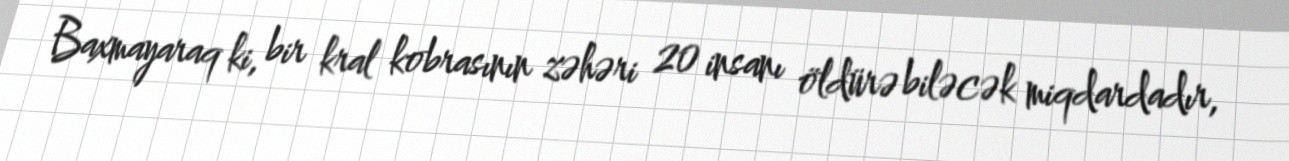
Baxmayaraq ki, bir kral kobrasının zəhəri 20 insanı öldürə biləcək miqdardadır,